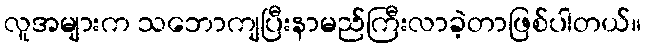
လူအများက သဘောကျပြီးနာမည်ကြီးလာခဲ့တာဖြစ်ပါတယ်။